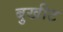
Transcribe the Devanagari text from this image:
बुखीट